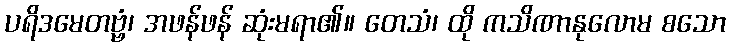
ပရိဒမေတဗ္ဗံ၊ အဖန်ဖန် ဆုံးမရာ၏။ တေသံ၊ ထို ကသိဏာနုလောမ စသော